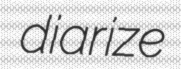
diarize